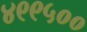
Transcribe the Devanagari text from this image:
४९९५००